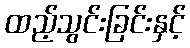
ထည့်သွင်းခြင်းနှင့်